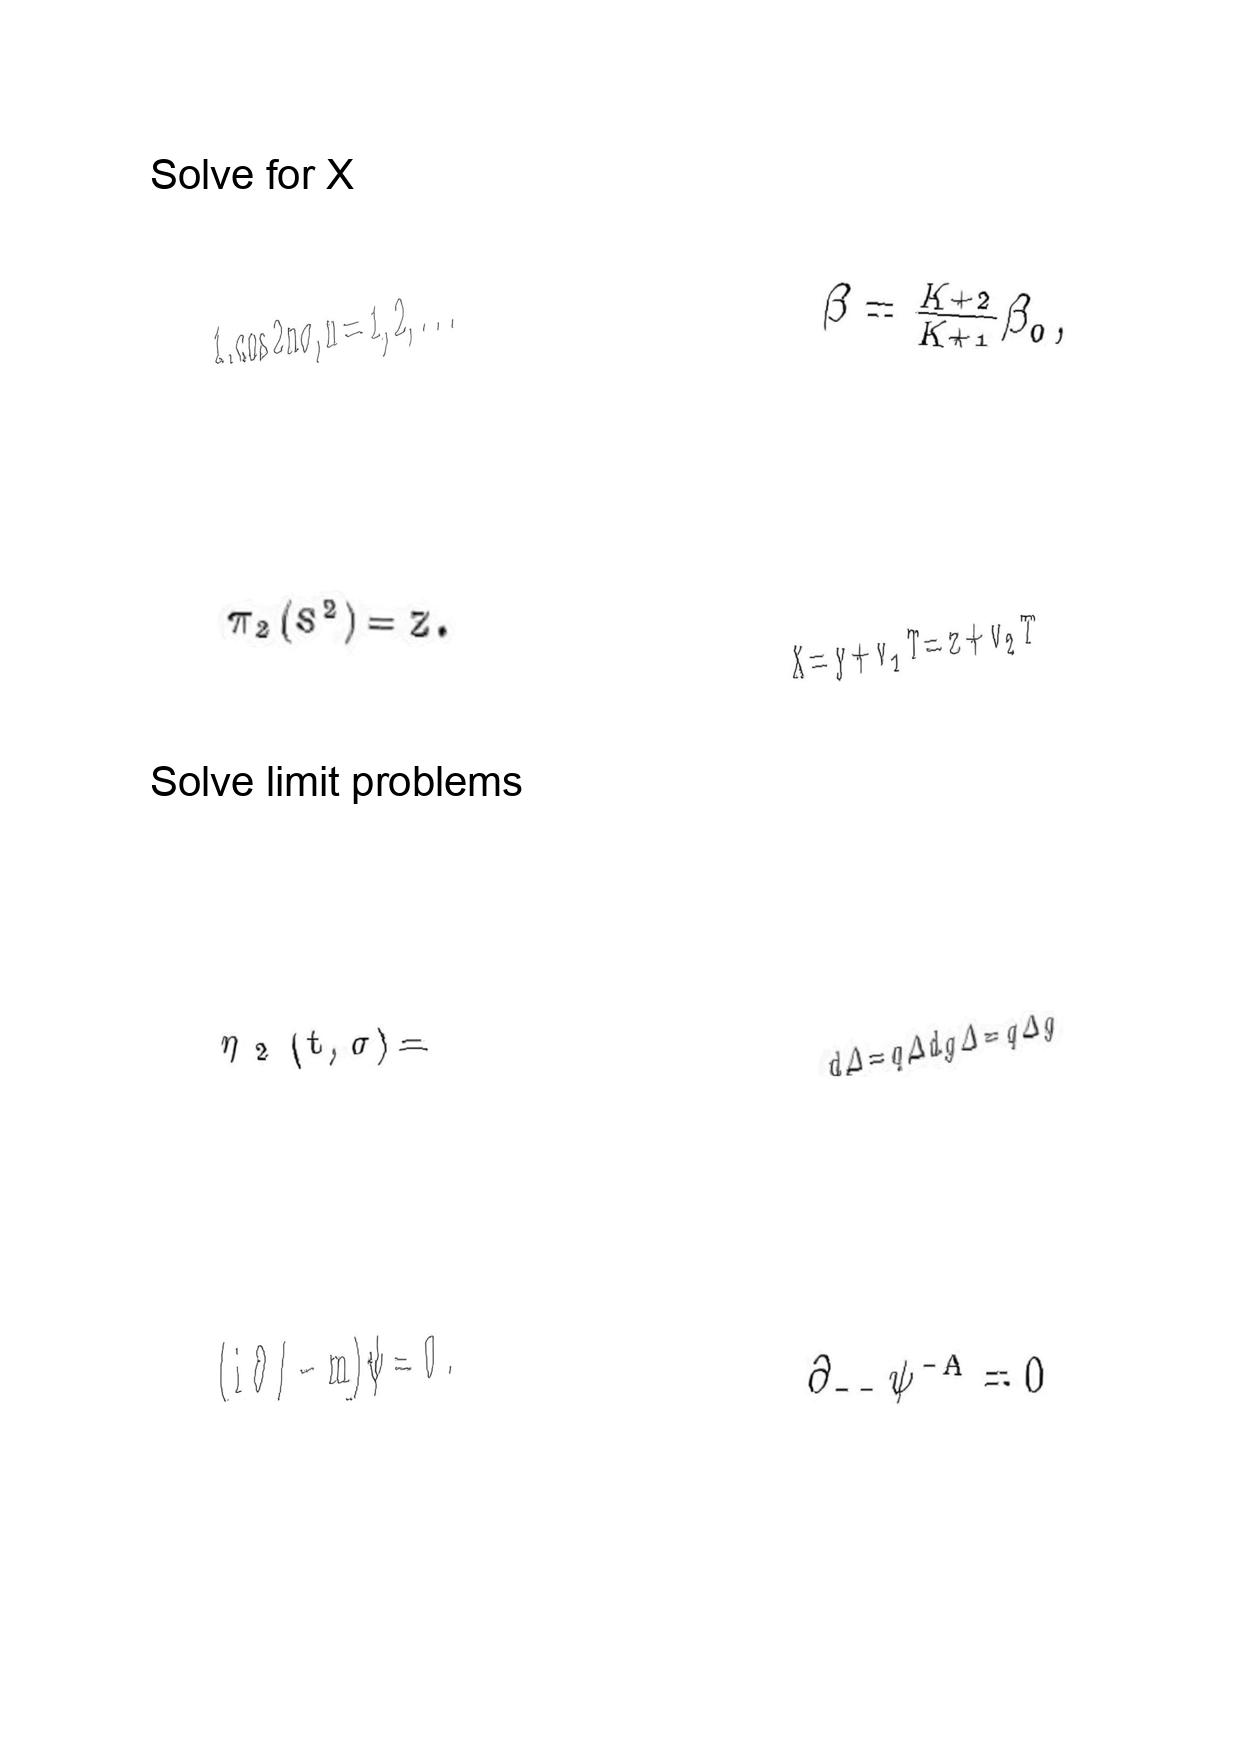
LaTeX transcription:
1 , \cos 2 n \sigma , n = 1 , 2 , . . .
\pi _ { 2 } \lparen S ^ { 2 } \rparen = Z .
\eta _ { 2 } \lparen t , \sigma \rparen =
\lparen i \partial / - m \rparen \psi = 0 .
\beta = \frac { K + 2 } { K + 1 } \beta _ { 0 } ,
X = y + v _ { 1 } T = z + v _ { 2 } T
d \Delta = q \Delta d g \Delta = q \Delta g
\partial _ { - - } \psi ^ { - A } = 0